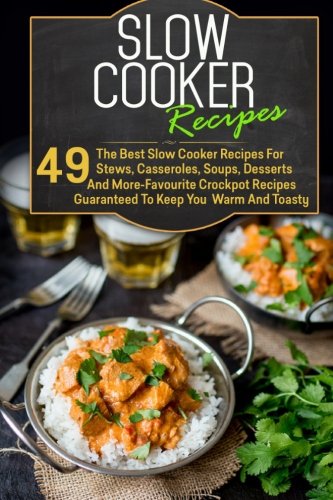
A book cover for Slow Cooker Recipes: 49 The Best Slow Cooker Recipes For Stews, Casseroles, Soups, Desserts And More-Favourite Crockpot Recipes Guaranteed To Keep You ... Slow Cooker Low Carb, Crockpot Recipes); Marie Richler; Cookbooks, Food & Wine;